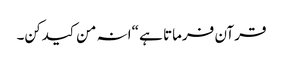
قرآن فرماتا ہے “انہ من کیدکن۔